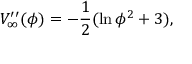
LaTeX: V _ { \infty } ^ { \prime \prime } ( \phi ) = - \frac { 1 } { 2 } ( \ln \phi ^ { 2 } + 3 ) ,